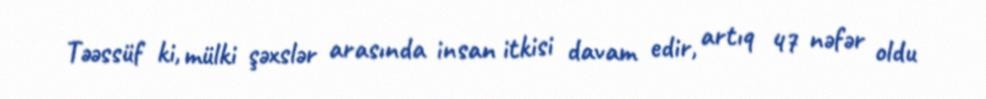
Təəssüf ki, mülki şəxslər arasında insan itkisi davam edir, artıq 47 nəfər oldu